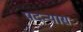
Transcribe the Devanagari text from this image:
पदन्यासः